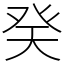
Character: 癸